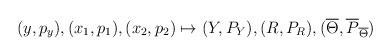
LaTeX: \begin{align*}(y, p_y), (x_1, p_1), (x_2, p_2) \mapsto (Y, P_Y),(R, P_R), (\overline{\Theta},\overline{P}_{\overline{\Theta}})\end{align*}